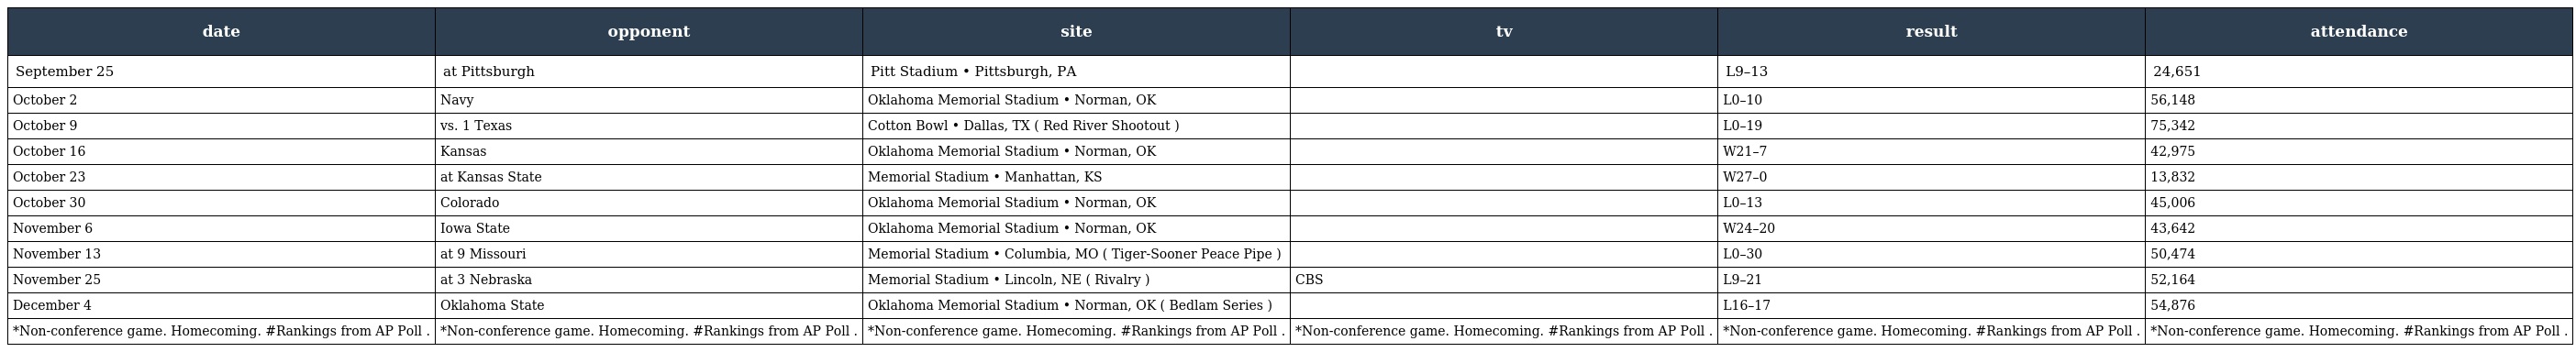
| date | opponent | site | tv | result | attendance |
 | --- | --- | --- | --- | --- | --- |
 | September 25 | at Pittsburgh | Pitt Stadium • Pittsburgh, PA |  | L9–13 | 24,651 |
 | October 2 | Navy | Oklahoma Memorial Stadium • Norman, OK |  | L0–10 | 56,148 |
 | October 9 | vs. 1 Texas | Cotton Bowl • Dallas, TX ( Red River Shootout ) |  | L0–19 | 75,342 |
 | October 16 | Kansas | Oklahoma Memorial Stadium • Norman, OK |  | W21–7 | 42,975 |
 | October 23 | at Kansas State | Memorial Stadium • Manhattan, KS |  | W27–0 | 13,832 |
 | October 30 | Colorado | Oklahoma Memorial Stadium • Norman, OK |  | L0–13 | 45,006 |
 | November 6 | Iowa State | Oklahoma Memorial Stadium • Norman, OK |  | W24–20 | 43,642 |
 | November 13 | at 9 Missouri | Memorial Stadium • Columbia, MO ( Tiger-Sooner Peace Pipe ) |  | L0–30 | 50,474 |
 | November 25 | at 3 Nebraska | Memorial Stadium • Lincoln, NE ( Rivalry ) | CBS | L9–21 | 52,164 |
 | December 4 | Oklahoma State | Oklahoma Memorial Stadium • Norman, OK ( Bedlam Series ) |  | L16–17 | 54,876 |
 | *Non-conference game. Homecoming. #Rankings from AP Poll . | *Non-conference game. Homecoming. #Rankings from AP Poll . | *Non-conference game. Homecoming. #Rankings from AP Poll . | *Non-conference game. Homecoming. #Rankings from AP Poll . | *Non-conference game. Homecoming. #Rankings from AP Poll . | *Non-conference game. Homecoming. #Rankings from AP Poll . |